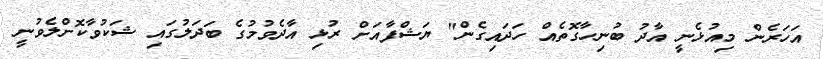
އަހަރެން މިއުޅެނީ އާދު ބުނިހާގޮތެއް ހަދައިގެން" ޔަޝްފާއަށް ރުޅި އާދެވުމުގެ ބަދަލުގައި ޝަކުވާކޮށްލެވުނީ